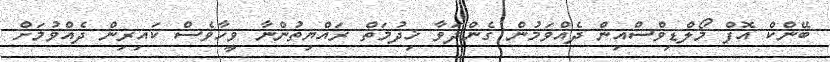
ބޭންކް އޮފް މޯލްޑިވްސްއިން ދެއްވަމުން ގެންދަވާ ޚިދުމަތް ރައްޔިތުންނާ ވީހާވެސް ކައިރިން ދެއްވުމަށް